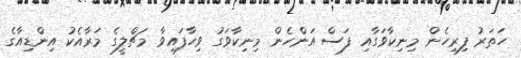
ހަތަރު ފިރިހެން މިނިކާވަގާއި ފަސް އަންހެން މިނިކާވަގު ވިހާފައިވާ މަޗްލީގެ މަރާއެކު އިންޑިއާގެ